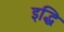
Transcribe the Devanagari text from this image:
इद्धि